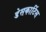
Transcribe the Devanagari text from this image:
डेसकार्टिस